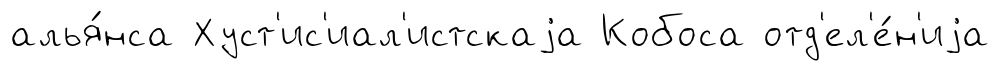
алья́нса Хуст'ис'иал'истскаjа Кобоса отд'ел'е́н'иjа